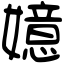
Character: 嬑